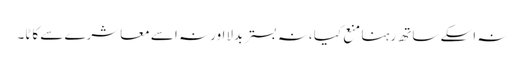
نہ اسکے ساتھ رہنا منع کیا ،نہ بستر بدلااور نہ اسے معاشرے سے کاٹا۔